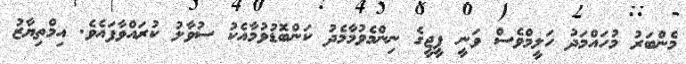
މެންބަރު މުހައްމަދު ހަލީމްވެސް ވަނީ ޕީޖީގެ ނިންމެވުމާމެދު ކަންބޮޑުވުމާއެކު ސުވާލު ކުރައްވާފައެވެ. އިމްތިޔާޒު